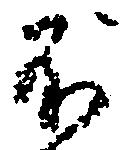
不